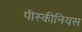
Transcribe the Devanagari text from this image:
पीस्कीनियस